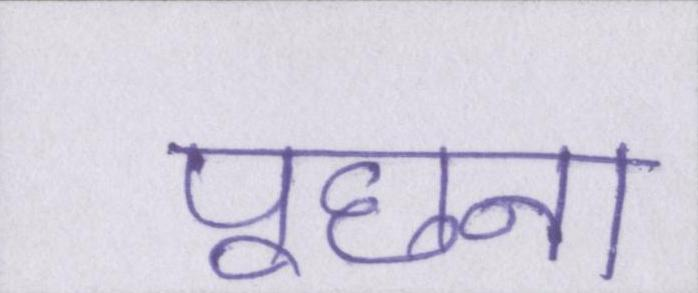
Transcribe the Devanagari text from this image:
पूछना